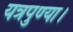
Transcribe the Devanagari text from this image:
यत्रपुण्या।